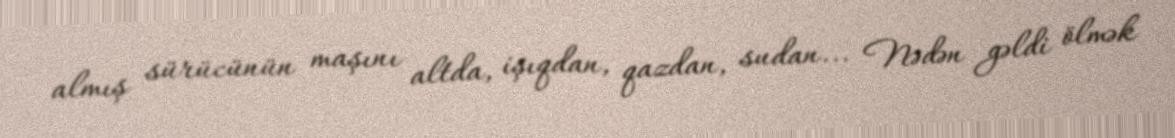
almış sürücünün maşını altda, işıqdan, qazdan, sudan... Nədən gəldi ölmək